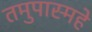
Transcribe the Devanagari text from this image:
तमुपास्महे